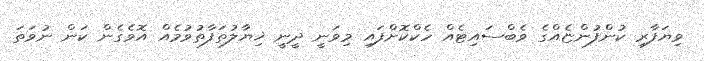
ވިޔަފާރި ކުންފުންޏެއްގެ ވެބްސައިޓެއް ހެކްކޮށްފައި މިވަނީ ދީނީ ޚިޔާލުތަފާތުވުމެއް އޮވެގެން ކަން ނުވަތަ